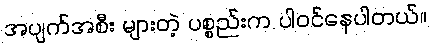
အပျက်အစီး များတဲ့ ပစ္စည်းက ပါဝင်နေပါတယ်။